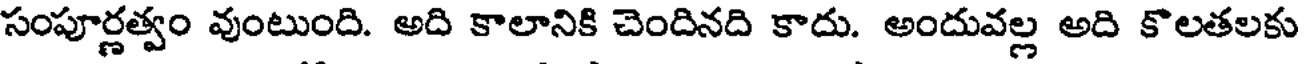
సంపూర్ణత్వం వుంటుంది. అది కాలానికి చెందినది కాదు. అందువల్ల అది కొలతలకు